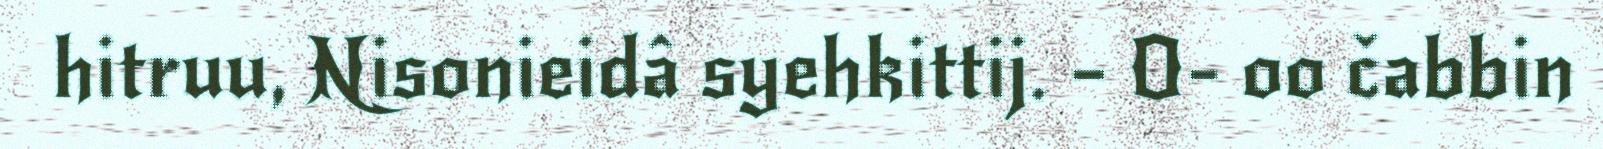
hitruu, Nisonieidâ syehkittij. – O- oo čabbin